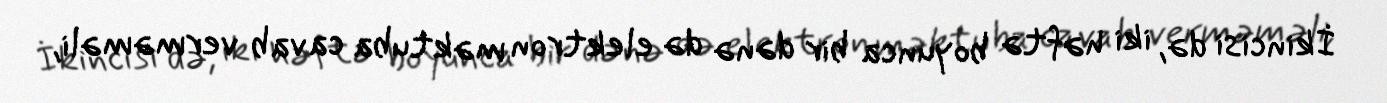
İkincisi də, iki həftə boyunca bir dənə də elektron məktuba cavab verməməli,